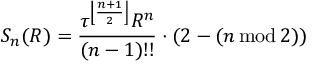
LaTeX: S _ { n } ( R ) = { \frac { \tau ^ { \left\lfloor { \frac { n + 1 } { 2 } } \right\rfloor } R ^ { n } } { ( n - 1 ) ! ! } } \cdot ( 2 - ( n \operatorname { m o d } 2 ) )